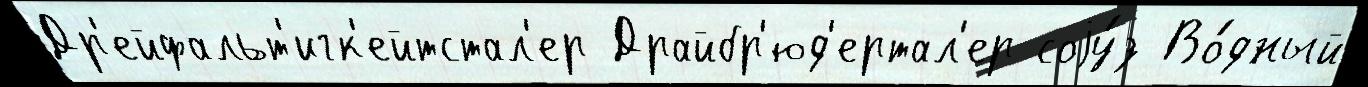
Др'ейфальт'игк'ейтстал'ер Драйбр'юд'ертал'ер соjу́з Во́дный